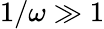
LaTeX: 1/\omega\gg 1